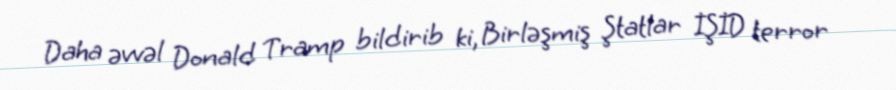
Daha əvvəl Donald Tramp bildirib ki, Birləşmiş Ştatlar İŞİD terror